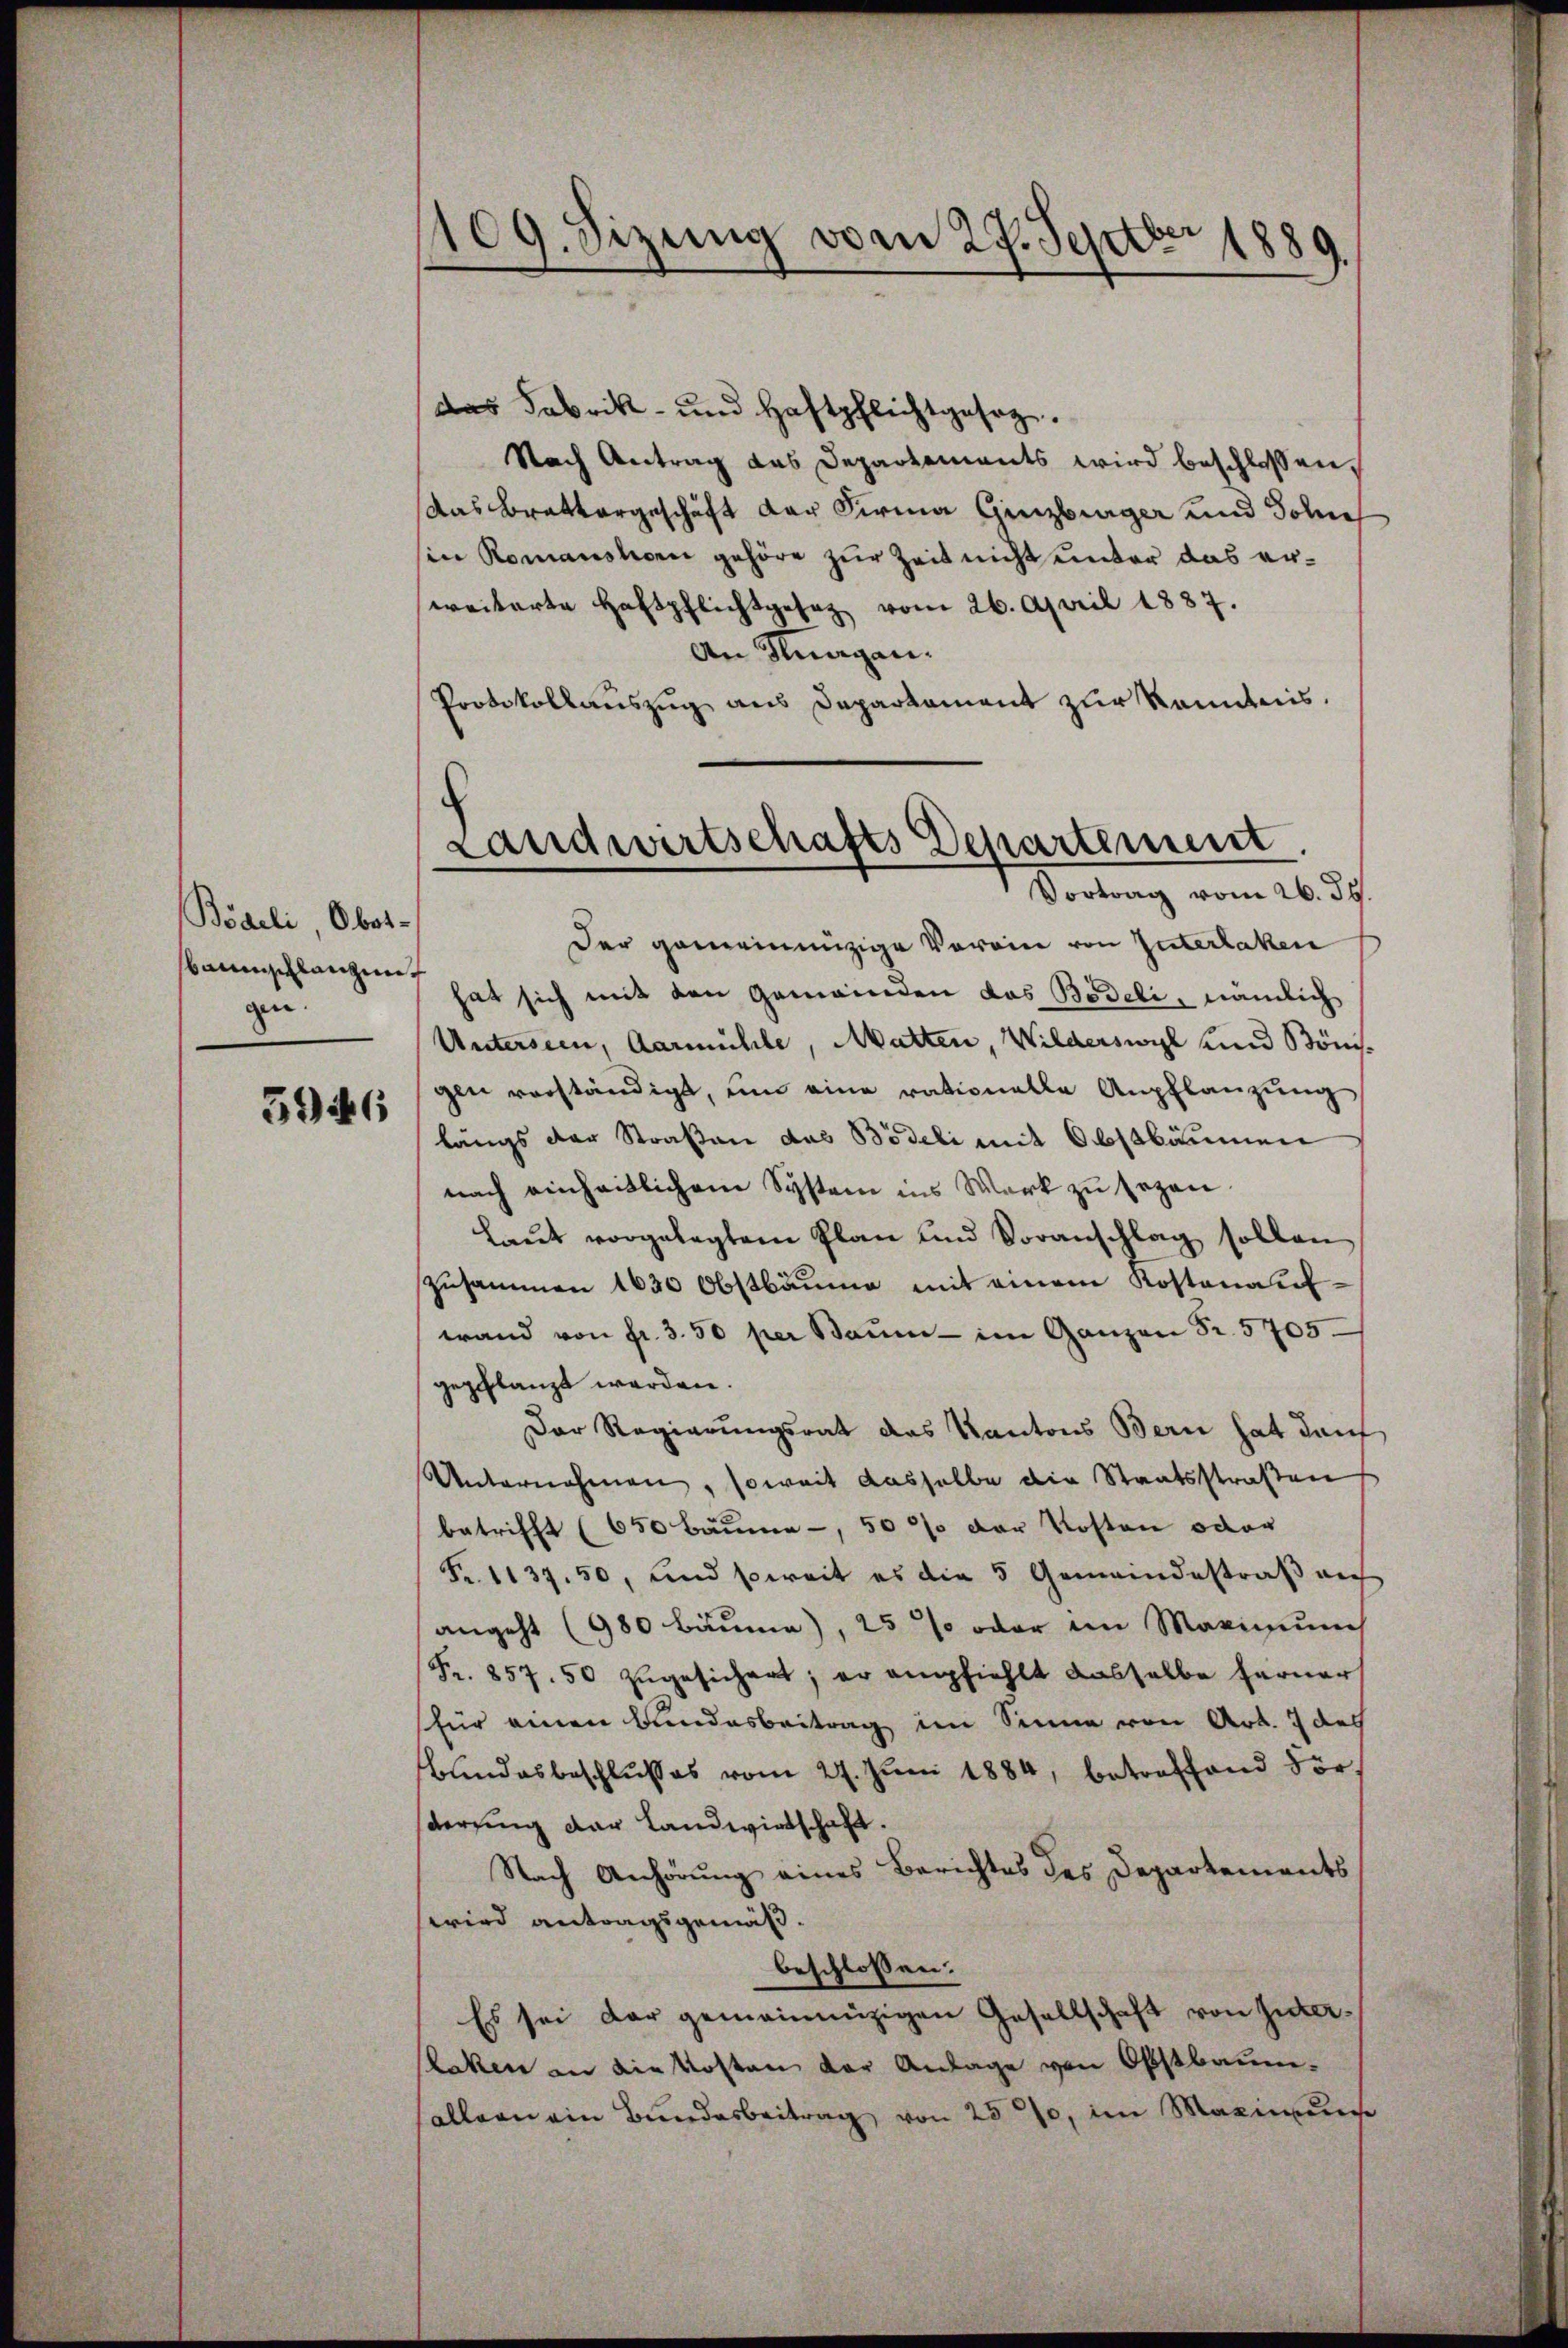
Bögeli, Ober-
baumschlanzen.
gen:
5946

109. Sizung vom 27. Septbr 1889.

das Fabrik- und Haftpflichtgeseg.
Nach Antrag das Departements wird beschlossen,
das Brattargeschäft der Firma Ginzburger und John
sin Romanshorn gehöre zur Zeit nicht unter das erweiterte Haftpflichtgesez vom 26. April 1887.
An Klagen.
Protokollauszug aus Departament zur Kenntnis.
Der gemeinnüzige Voreine von Interlaken
hat sich mit den Gemeinden das Bedeli, nämlich
Untersein, Aarmühle, Matten, Wilderswyl und Bönisgen verständigt, um eine rationelle Anpflanzung
längs der Straßen das Bödeli mit Obstbäumen
nach einheitlichem System ins Werk zu sezen.
Laut vorgelegtem Plan und Voranschlag sollen
zusammen 1630 Obstbäume mit einem Kostenaufwand von fr. 3. 50 per Baŭm- im Ganzen Fr. 5705.
gepflanzt werden.
Der Regierungsrat das Kantons Bern hat dan
Unternehmen, soweit dasselbe die Staatsstraßen
betrifft (650 Bäume -, 50 % der Kosten oder
Fr. 1137. 50, und soweit es die 5 Gemeindestraß auf
angeht (980 Bäume), 25% oder im Maximung
Fr. 857. 50 zugesichert; er empfiehlt dasselbe ferner
für einen Bundesbeitrag im Sinne von Art. 7 des
Bundesbeschlusses vom 27. Juni 1884, betreffend vorsderung der Landwirtschaft.
Nach Anhörung eines Berichtes des Departements
wird antragsgemäß.
beschlossen:
Es sei der gemeinnüzigen Gesellschaft von Güter-
laken an die Kosten der Anlage von Obstbaumallern ein Bundesbeitrag von 250, im Maximunge

Landwirtschafts Departement.
Vortrag vom 26. Js.